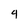
Character: 4